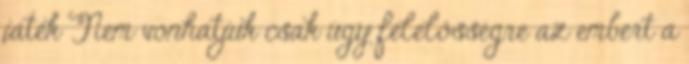
játék Nem vonhatjuk csak úgy felelősségre az embert a